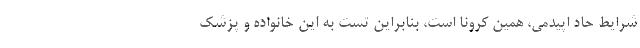
شرایط حاد اپیدمی، همین کرونا است، بنابراین تست به این خانواده و پزشک